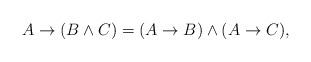
LaTeX: \begin{align*}A \to (B \wedge C)=(A \to B) \wedge (A \to C),\end{align*}